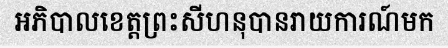
អភិបាលខេត្តព្រះសីហនុបានរាយការណ៍មក